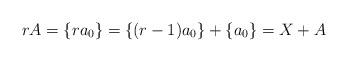
LaTeX: \begin{align*}rA = \{ra_0\} = \{ (r-1)a_0\} + \{a_0\} = X+A\end{align*}